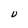
Character: U